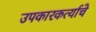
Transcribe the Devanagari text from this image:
उपकारकर्त्याचे